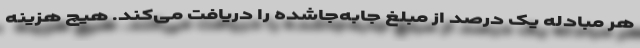
هر مبادله یک درصد از مبلغ جابه‌جاشده را دریافت می‌کند. هیچ هزینه